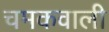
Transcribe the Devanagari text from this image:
चमकवाली